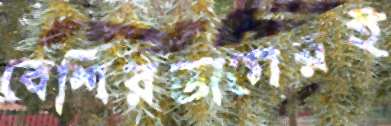
বেশিরভাগেরই